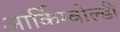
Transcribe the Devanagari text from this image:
आर्किम्बोल्डी